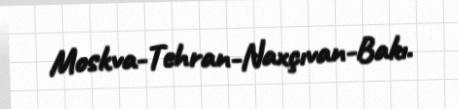
Moskva-Tehran-Naxçıvan-Bakı.